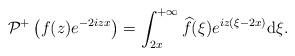
LaTeX: \begin{align*} & \mathcal{P}^+\left(f(z) e^{-2iz x}\right) =\int_{2x}^{+\infty} \widehat{f}(\xi)e^{iz(\xi-2x) }\mathrm{d}\xi.\end{align*}